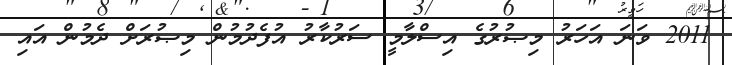
2011 ވަނަ އަހަރު މިޞުރުގެ އިސްލާމީ ސަރުކާރު އުފެދުމުން މިޞުރަށް ދެމުން އައި